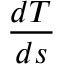
\frac { d T } { d s }